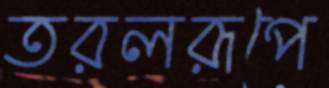
তরলরূপে